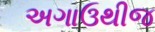
અગાઉથીજ